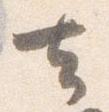
去